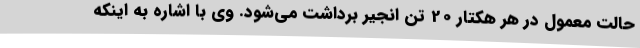
حالت معمول در هر هکتار 20 تن انجیر برداشت می‌شود. وی با اشاره به اینکه